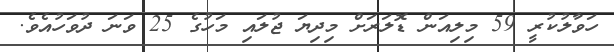
ހަވާލުކުރީ 59 މިލިއަން ޑޮލަރަށް މިދިޔަ ޖުލައި މަހުގެ 25 ވަނަ ދުވަހުއެވެ.